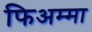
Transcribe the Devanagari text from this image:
फिअम्मा